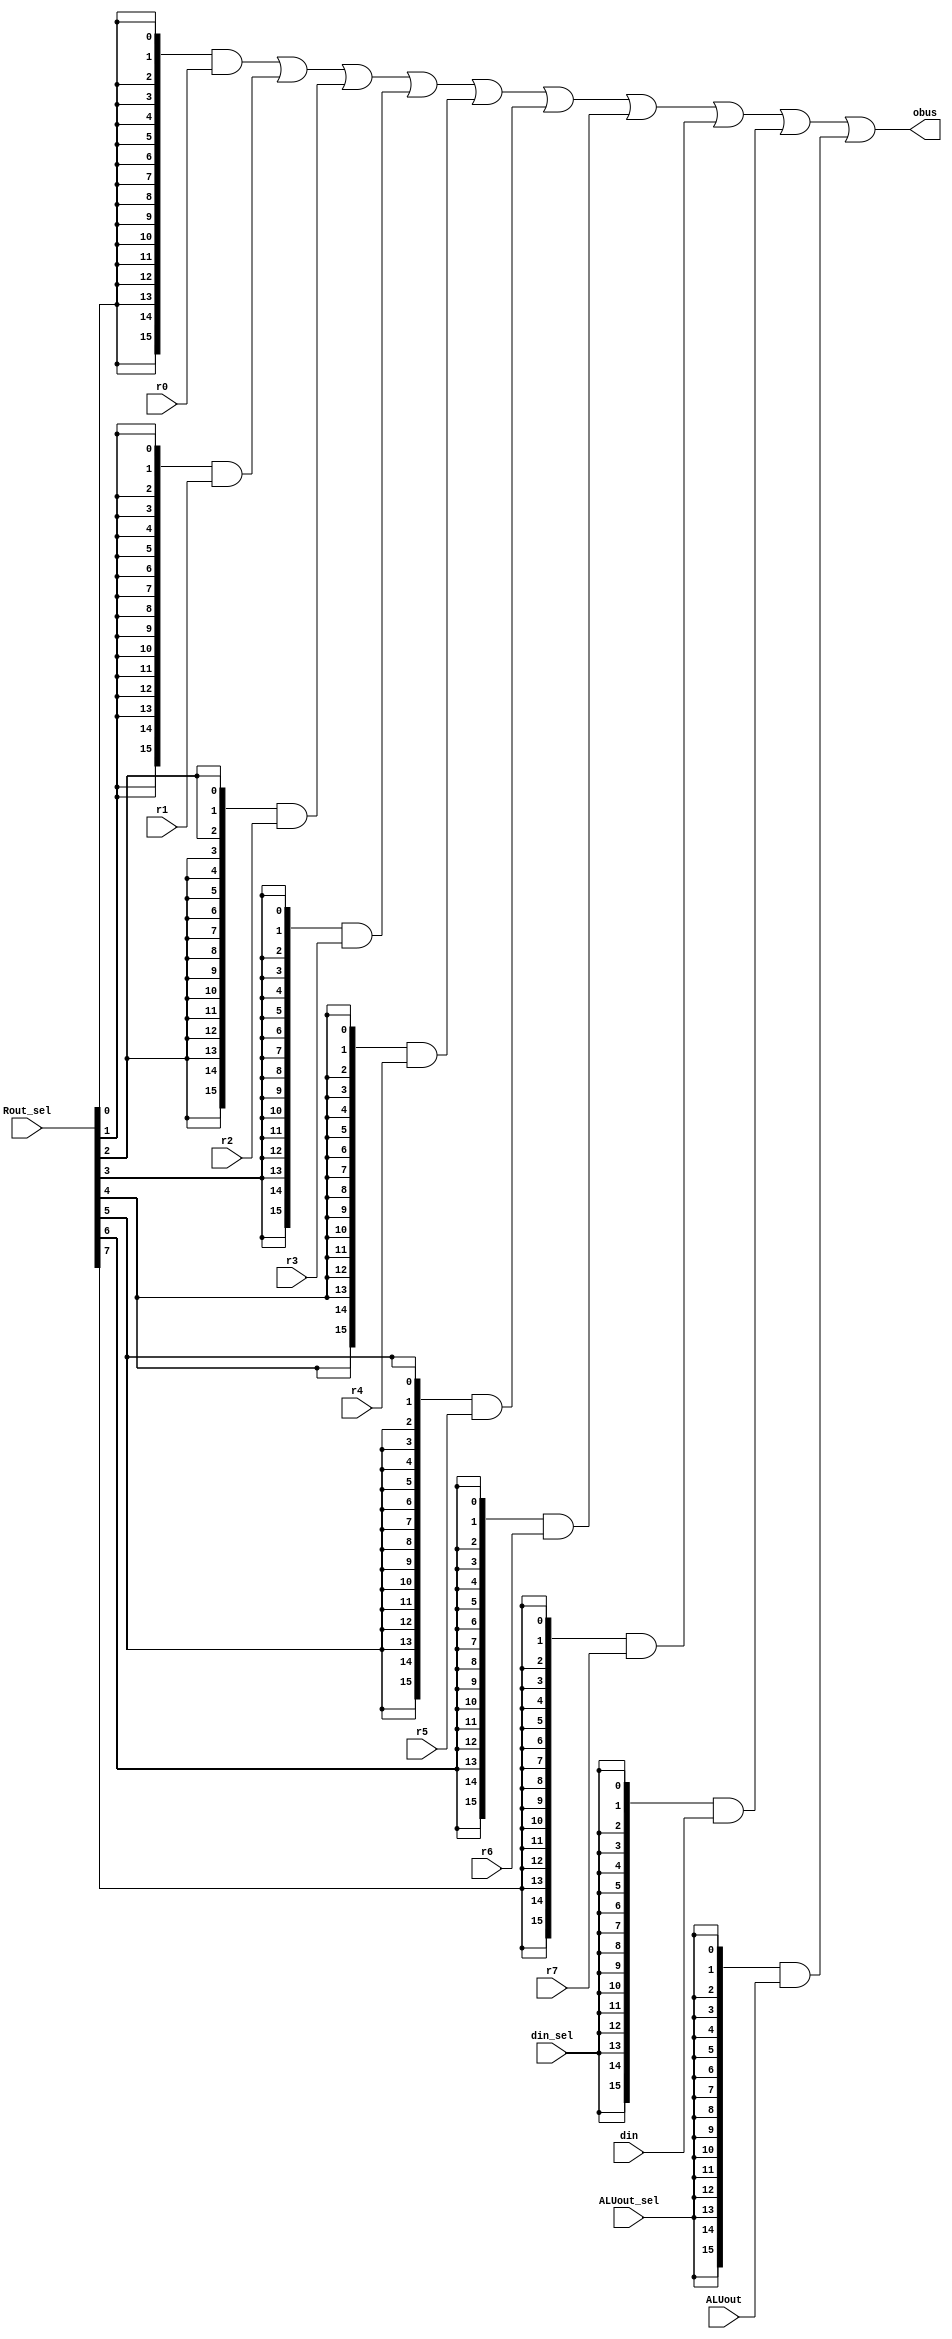
module mux	(	input	[7:0]	Rout_sel	,	
				input			din_sel	,
				input			ALUout_sel,
				input	[15:0]	din		,
				input	[15:0]	r0		,
				input	[15:0]	r1		,
				input	[15:0]	r2		,
				input	[15:0]	r3		,
				input	[15:0]	r4		,
				input	[15:0]	r5		,
				input	[15:0]	r6		,
				input	[15:0]	r7		,
				input	[15:0]	ALUout	,
				output	[15:0]	obus	
			);

assign obus =	(	{(16){Rout_sel[0]}}		&	r0)	|
				(	{(16){Rout_sel[1]}}		&	r1)	|
				(	{(16){Rout_sel[2]}}		&	r2)	|
				(	{(16){Rout_sel[3]}}		&	r3)	|
				(	{(16){Rout_sel[4]}}		&	r4)	|
				(	{(16){Rout_sel[5]}}		&	r5)	|
				(	{(16){Rout_sel[6]}}		&	r6)	|
				(	{(16){Rout_sel[7]}}		&	r7)	|
				(	{(16){din_sel}}			&	din)|
				(	{(16){ALUout_sel}}		&	ALUout)	;	
				
endmodule